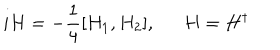
LaTeX: i H = - \frac { 1 } { 4 } [ H _ { 1 } , H _ { 2 } ] , H = H ^ { \dagger }